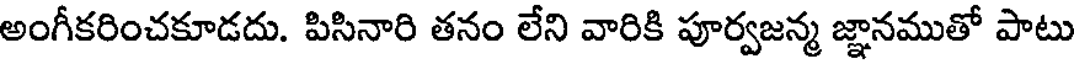
అంగీకరించకూడదు. పిసినారి తనం లేని వారికి పూర్వజన్మ జ్ఞానముతో పాటు